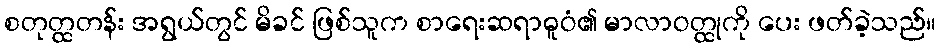
စတုတ္ထတန်း အရွယ်တွင် မိခင် ဖြစ်သူက စာရေးဆရာဓူဝံ၏ မာလာဝတ္ထုကို ပေး ဖတ်ခဲ့သည်။